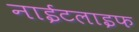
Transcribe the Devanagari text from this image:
नाईटलाइफ